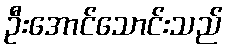
ဦးအောင်သောင်းသည်